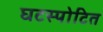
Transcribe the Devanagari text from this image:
घटस्पोटित